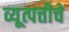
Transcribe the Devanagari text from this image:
व्यूत्पत्तीचे